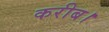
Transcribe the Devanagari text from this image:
करीब।